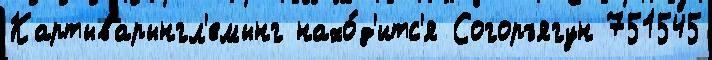
Картыварынгл'емынг нахо́д'итс'я Согоръягун 751545